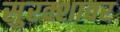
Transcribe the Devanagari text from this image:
सुरक्शावर